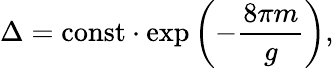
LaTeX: \Delta=\mathrm{const}\cdot\exp\left(-\frac{8\pi m}{g}\right),